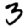
Digit: 3